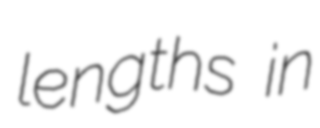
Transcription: lengths in